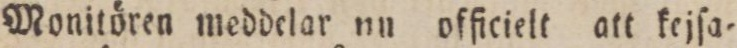
Monitören meddelar un officielt att kejſa=